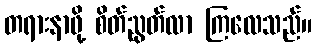
တရားနာဖို့ စိတ်ညွတ်လာ ကြလေသည်။